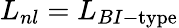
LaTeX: L_{nl}=L_{BI-\textrm{type}}